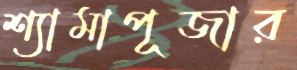
শ্যামাপূজার